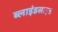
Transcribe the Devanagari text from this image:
ब्लाइंडसाइड